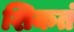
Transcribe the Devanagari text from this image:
शिकतं